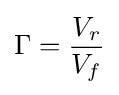
\Gamma ={\frac {V_{r}}{V_{f}}}